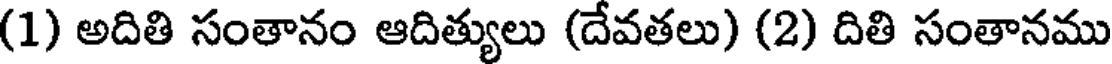
(1) అదితి సంతానం ఆదిత్యులు (దేవతలు) (2) దితి సంతానము